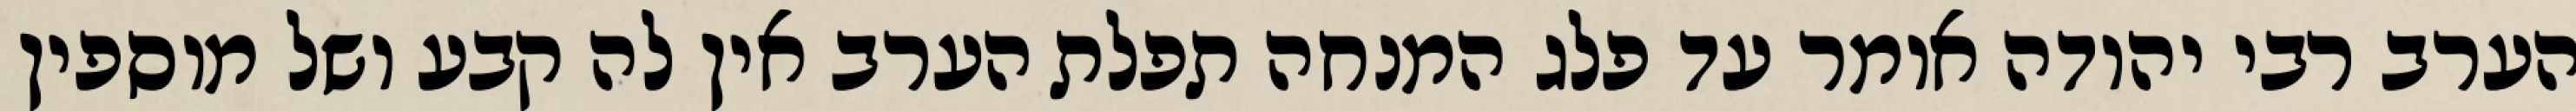
הערב רבי יהודה אומר עד פלג המנחה תפלת הערב אין לה קבע ושל מוספין